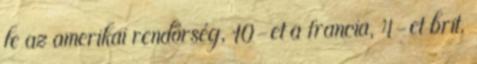
le az amerikai rendőrség, 10-et a francia, 4-et brit,